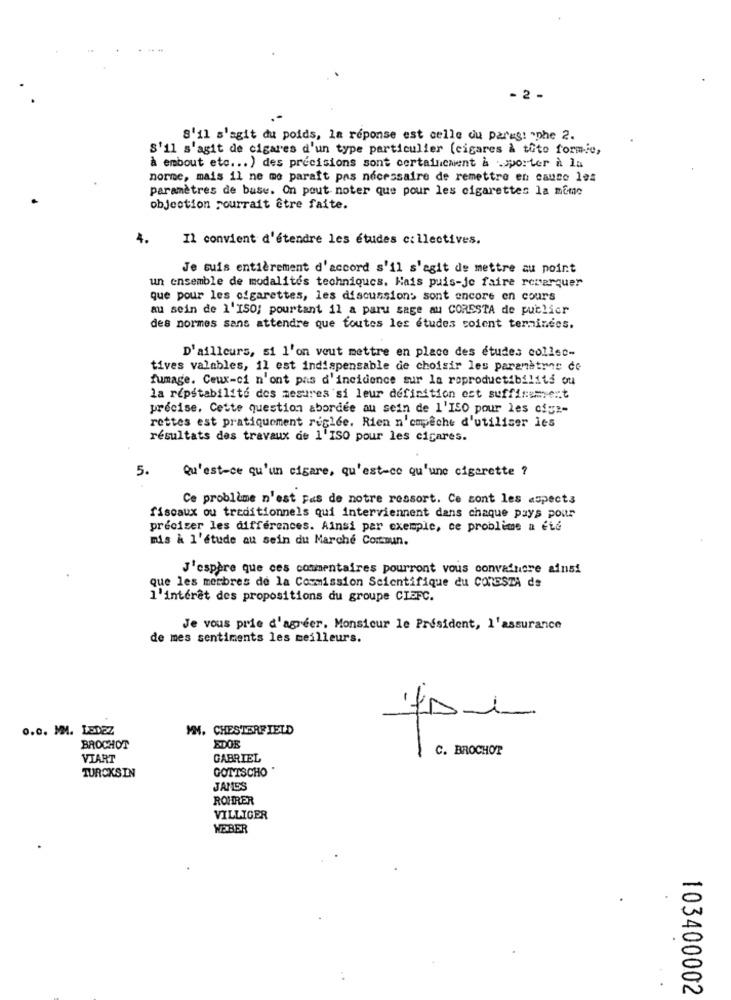
- 2 -
s'il s'agit du poids, la réponse est celle du parus! phe 2.
S'il s'agit de cigares d'un type particulier (cigares à toto formie,
À embout etc ... ) des precisions sont certainement à .>porter à la
norme, mais il ne me paraît pas nécessaire de remettre en cause les
paramètres de base. On pout noter que pour les cigarettes la même
objection pourrait être faite.
4.
Il convient d'étendre les études collectives.
Je suis entièrement d'accord s'il s'agit de mettre au point
un ensemble de modalités techniques. Mais puis-je faire recerquer
que pour les cigarettes, les discussions sont encore en cours
au sein de l'ISO; pourtant il a paru sage au CORESTA de publicr
des normes sans attendre que toutes les études soient terminees.
D'ailleurs, si l'on veut mettre en place des études collec-
tives valables, il est indispensable de choisir les paramètres co
fumage. Ceux-ci n'ont pas d'incidence sur la roproductibilits ou
la repstabilité des mesures si leur définition est suffisament
precise, Cette question abordée au sein de l'ISO pour les cig :-
rettes est pratiquement reglee. Rien n'empêche d'utiliser les
résultats des travaux de 1'ISO pour les cigares.
5.
Qu'est-ce qu'un cigare, qu'est-ce qu'une cigarette ?
Ce problème n'est Fas de notre ressort. Ce sont les aspects
fiscaux ou traditionnels qui interviennent dans chaque pays pour
préciser les différences. Ainsi par exemple, ce problème a été
mis à l'étude au sein du Marché Commun.
J'espère que ces commentaires pourront vous convaincre ainsi
que les merbres de la Commission Scientifique du COMESTA de
l'intérêt des propositions du groupe CIAFC.
Je vous prie d'agréer. Monsieur le Président, l'assurance
de mes sentiments les meilleurs.
0.0. MM. LEDEZ
MM. CHESTERFIELD
BROCHOT
EDOE
C. BROCHOT
VIART
GABRIEL
GOTTSCHO '
TURCKSIN
JAMES
ROHRER
VILLIGER
WEBER
103400002